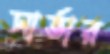
সার্ভার